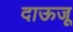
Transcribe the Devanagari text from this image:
दाऊजू